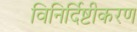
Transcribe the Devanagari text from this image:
विनिर्दिष्टीकरण